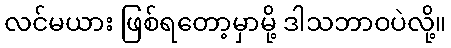
လင်မယား ဖြစ်ရတော့မှာမို့ ဒါသဘာဝပဲလို့။